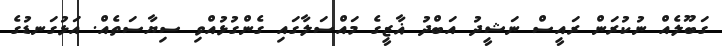
ގަބޫލެއް ނުކުރަން ރައީސް ނަޝީދު އަބްދު ޣާޒީގެ މައްސަލާގައި ގެންގުޅުއްވި ސިޔާސަތެއް. އަޅުގަނޑުގެ